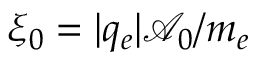
\xi _ { 0 } = | q _ { e } | \mathcal { A } _ { 0 } / m _ { e }